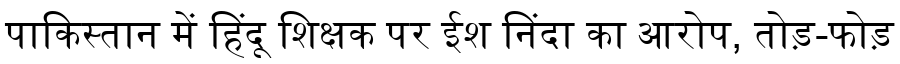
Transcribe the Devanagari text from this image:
पाकिस्तान में हिंदू शिक्षक पर ईश निंदा का आरोप, तोड़-फोड़